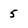
Character: 5